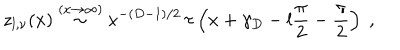
LaTeX: z _ { l , \nu } ( x ) \stackrel { ( x \rightarrow \infty ) } { \sim } x ^ { - ( D - 1 ) / 2 } \, \tau \left( x + \gamma _ { D } - l \frac { \pi } { 2 } - \frac { \pi } { 2 } \right) \; ,